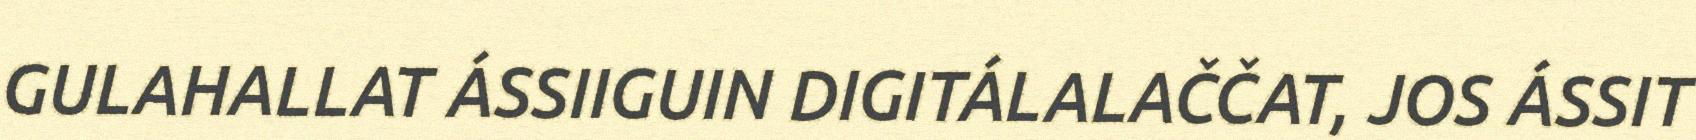
GULAHALLAT ÁSSIIGUIN DIGITÁLALAČČAT, JOS ÁSSIT